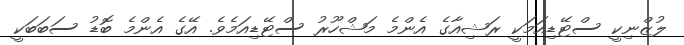
ލުޒްނިކީ ސްޓޭޑިއަމަކީ ރަޝިއާގެ އެންމެ މަޝްހޫރު ސްޓޭޑިއަމެވެ. އޭގެ އެންމެ ބޮޑު ސަބަބަކީ